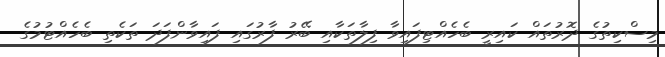
މިސްކިތުގެ ދޮރުތައް ކައިރީ ބެހެއްޓިފައިވާ ފިލާތަކާއި ބޭރު ފާރުގައި ފައިވާންފަދަ ތަކެތި ބެހެއްޓުމުގެ